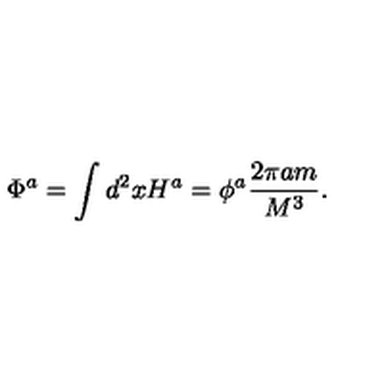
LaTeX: \Phi ^ { a } = \int d ^ { 2 } x H ^ { a } = \phi ^ { a } \frac { 2 \pi a m } { M ^ { 3 } } .